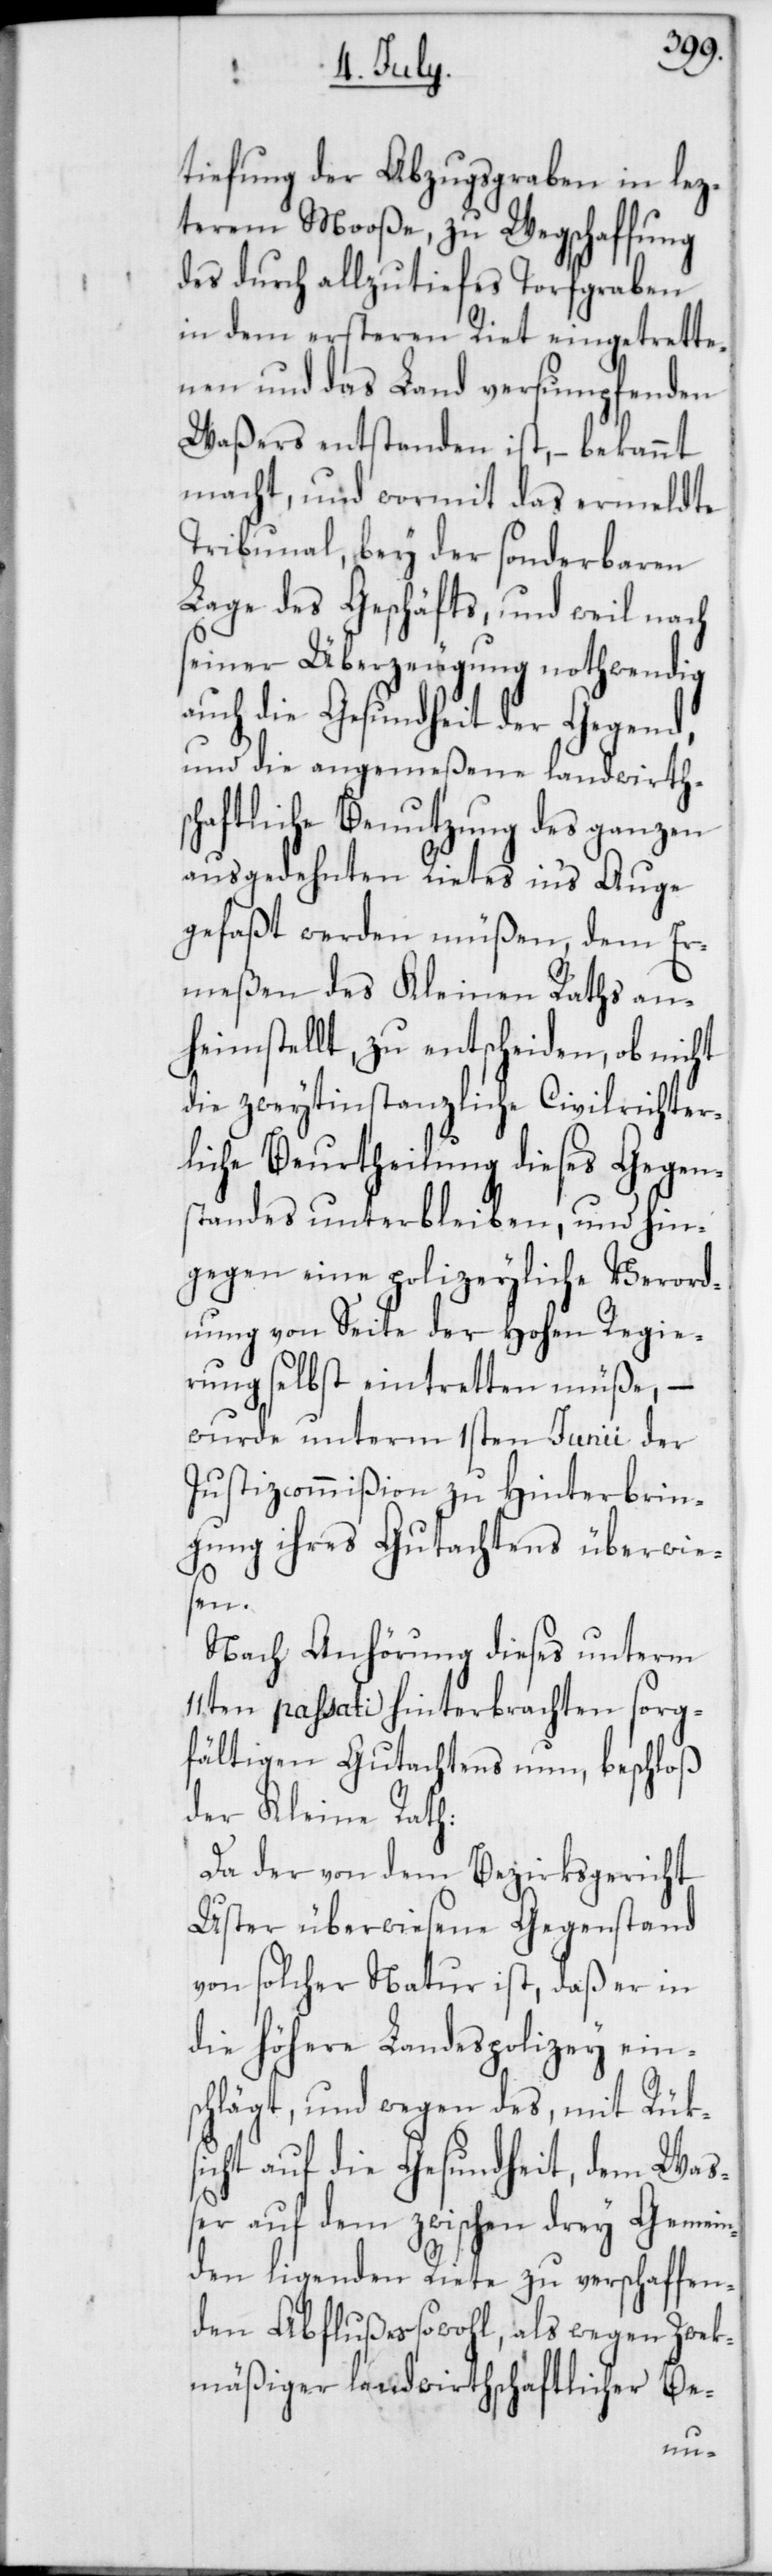
tiefung der Abzugsgraben in lez¬
terem Mooße, zu Wegschaffung
des durch allzutiefes Torfgraben
in dem ersteren Riet eingetrette¬
nen und das Land versumpfenden
Waßers entstanden ist, – bekannt
macht, und wormit das ermeldte
Tribunal, bey der sonderbaren
Lage des Geschäfts, und weil nach
seiner Überzeugung nothwendig
auch die Gesundheit der Gegend,
und die angemeßene landwirthsc¬
haftliche Benutzung des ganzen
ausgedehnten Rietes in’s Auge
gefaßt werden müßen, dem Er¬
meßen des Kleinen Raths an¬
heimstellt, zu entscheiden, ob nicht
die zweytinstanzliche Civilrichter¬
liche Beurtheilung dieses Gegen¬
standes unterbleiben, und hin¬
gegen eine polizeyliche Verord¬
nung von Seite der Hohen Regie¬
rung selbst eintretten müße, –
wurde unterm 1sten Junii der
Justizcommißion zu Hinterbrin¬
gung ihres Gutachtens überwie¬
sen.
Nach Anhörung dieses unterm
11ten passati hinterbrachten sorg¬
fältigen Gutachtens nun, beschloß
der Kleine Rath:
Da der von dem Bezirksgericht
Uster überwiesene Gegenstand
von solcher Natur ist, daß er in
die höhere Landespolizey eins¬
chlägt, und wegen des, mit Rük¬
sicht auf die Gesundheit, dem Waß¬
er auf dem zwischen drey Gemein¬
den ligenden Riete zu verschaffen¬
den Abflußes sowohl, als wegen Zwek¬
mäßiger landwirthschaftlicher Be-